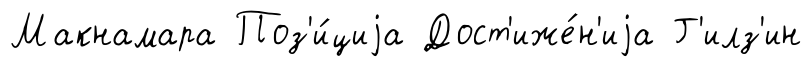
Макнамара Поз'и́циjа Дост'иже́н'иjа Г'илз'ин